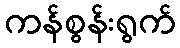
ကန်စွန်းရွက်